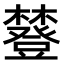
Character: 𧰔